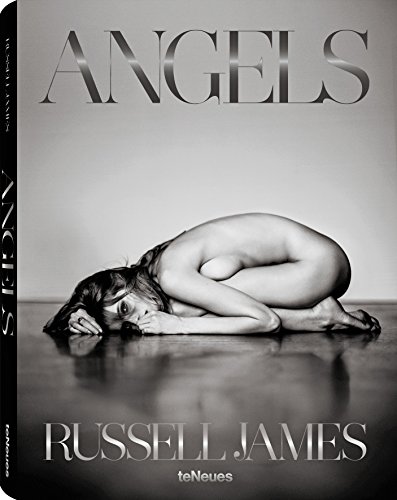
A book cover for Angels; Arts & Photography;